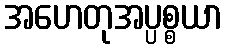
အဟေတုအပ္ပစ္စယာ